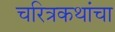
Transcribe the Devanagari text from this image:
चरित्रकथांचा